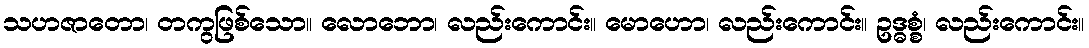
သဟဇာတော၊ တကွဖြစ်သော။ လောဘော၊ လည်းကောင်း။ မောဟော၊ လည်းကောင်း။ ဥဒ္ဓစ္စံ၊ လည်းကောင်း။